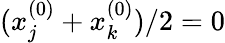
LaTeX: (x_{j}^{(0)}+x_{k}^{(0)})/2=0